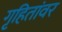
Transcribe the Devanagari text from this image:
गृहितांवर